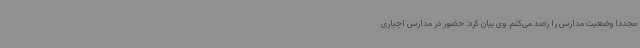
مجددا وضعیت مدارس را رصد می‌کنم. وی بیان کرد: حضور در مدارس اجباری